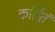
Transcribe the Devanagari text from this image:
कर्तितं